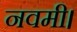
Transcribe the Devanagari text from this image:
नवमी।